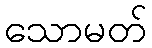
သောမတ်